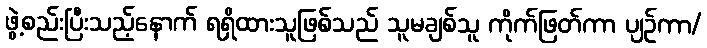
ဖွဲ့စည်းပြီးသည့်နောက် ရရှိထားသူဖြစ်သည် သူမချစ်သူ ကိုက်ဖြတ်ကာ ပျဉ်ကာ/